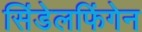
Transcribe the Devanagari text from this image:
सिंडेलफिंगेन